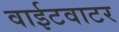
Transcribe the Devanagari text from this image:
वाईटवाटर